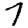
Digit: 7